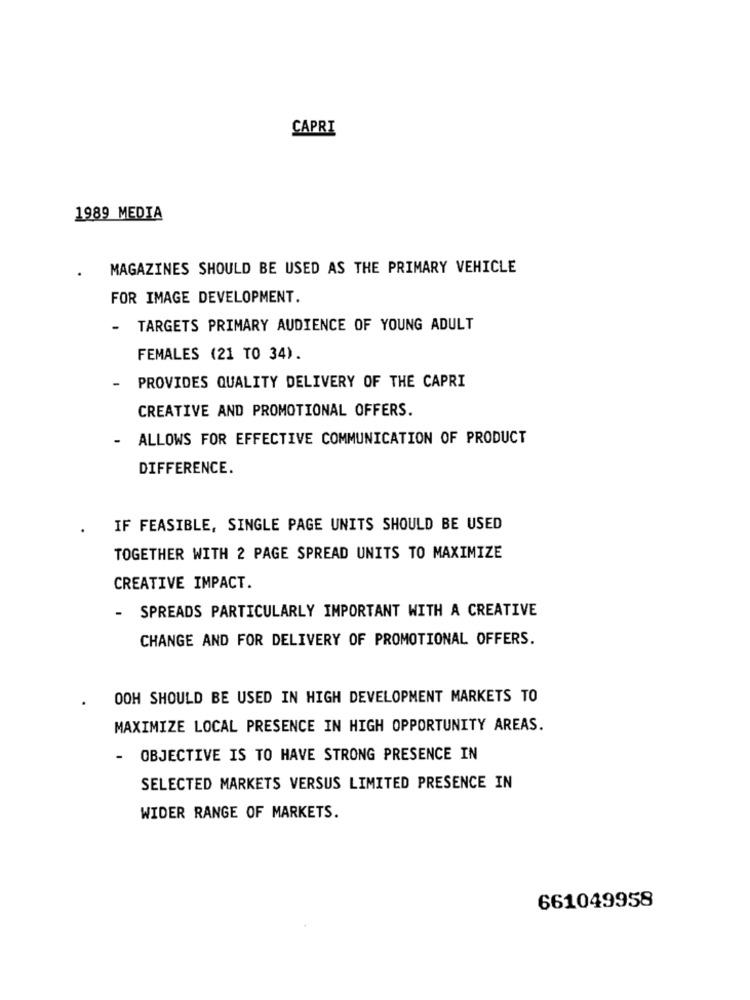
CAPRI
1989 MEDIA
MAGAZINES SHOULD BE USED AS THE PRIMARY VEHICLE
FOR IMAGE DEVELOPMENT.
-
TARGETS PRIMARY AUDIENCE OF YOUNG ADULT
FEMALES (21 TO 34).
PROVIDES QUALITY DELIVERY OF THE CAPRI
CREATIVE AND PROMOTIONAL OFFERS.
- ALLOWS FOR EFFECTIVE COMMUNICATION OF PRODUCT
DIFFERENCE.
IF FEASIBLE, SINGLE PAGE UNITS SHOULD BE USED
TOGETHER WITH 2 PAGE SPREAD UNITS TO MAXIMIZE
CREATIVE IMPACT.
- SPREADS PARTICULARLY IMPORTANT WITH A CREATIVE
CHANGE AND FOR DELIVERY OF PROMOTIONAL OFFERS.
OOH SHOULD BE USED IN HIGH DEVELOPMENT MARKETS TO
MAXIMIZE LOCAL PRESENCE IN HIGH OPPORTUNITY AREAS.
- OBJECTIVE IS TO HAVE STRONG PRESENCE IN
SELECTED MARKETS VERSUS LIMITED PRESENCE IN
WIDER RANGE OF MARKETS.
661049958